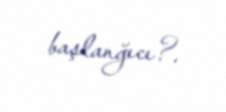
başlanğıcı?.